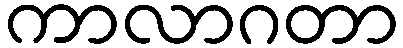
ကာလာဂတာ